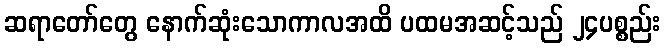
ဆရာတော်တွေ နောက်ဆုံးသောကာလအထိ ပထမအဆင့်သည် ၂၄ပစ္စည်း